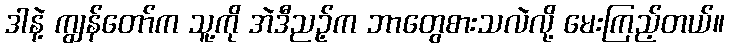
ဒါနဲ့ ကျွန်တော်က သူ့ကို အဲဒီညဉ့်က ဘာတွေစားသလဲလို့ မေးကြည့်တယ်။